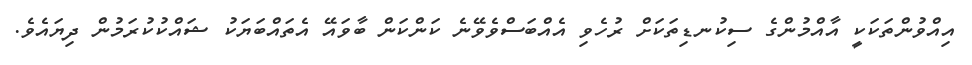
އިއްވުންތަކަކީ އާއްމުންގެ ސިކުނޑިތަކަށް ރުހެވި އެއްބަސްވެވޭނެ ކަންކަން ބާވައޭ އެތައްބަޔަކު ޝައްކުކުރަމުން ދިޔައެވެ.